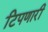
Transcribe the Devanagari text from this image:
टिपणारी